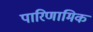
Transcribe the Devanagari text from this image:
पारिणामिक